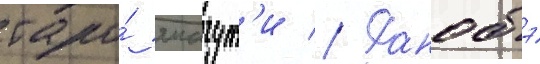
таро́ ямагут'и // Ранобэ